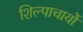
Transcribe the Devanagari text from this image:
शिल्पाचार्यो